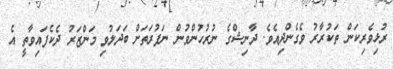
ރުޅިވެރިކަން ތަކުރާރު ވެގެންދިއެވެ. ދާނިޝްގެެ ނުރުހުންވުން ނަފުރަތަަށް ބަދަލުވި މަންޒަރު ދެކެފައިވާތީ އެ